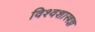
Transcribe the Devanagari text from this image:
विश्वशास्त्रज्ञ